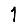
Digit: 1